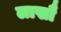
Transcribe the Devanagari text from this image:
लाखौ